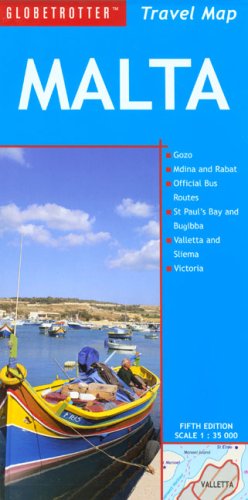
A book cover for Malta Travel Map (Globetrotter Travel Map); Brian Richards; Travel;